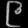
Digit: ၉